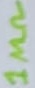
Text: 1MΩ